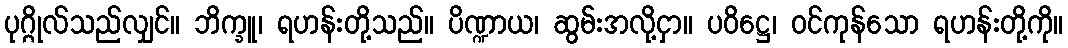
ပုဂ္ဂိုလ်သည်လျှင်။ ဘိက္ခူ၊ ရဟန်းတို့သည်။ ပိဏ္ဍာယ၊ ဆွမ်းအလို့ငှာ။ ပဝိဋ္ဌေ၊ ဝင်ကုန်သော ရဟန်းတို့ကို။